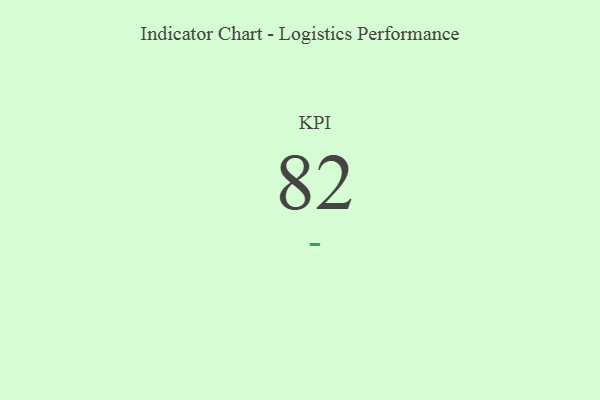
{"axis": {"x": "KPI", "y": "Value"}, "legend": [""], "data": [{"x": "KPI", "y": 82, "type": ""}]}